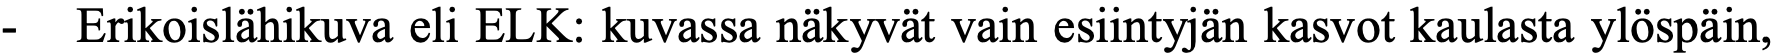
- Erikoislähikuva eli ELK: kuvassa näkyvät vain esiintyjän kasvot kaulasta ylöspäin,